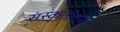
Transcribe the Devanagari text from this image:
संस्कृतीतला